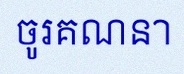
ចូរគណនា